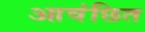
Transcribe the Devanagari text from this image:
आवंछित